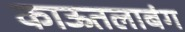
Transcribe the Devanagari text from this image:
काऊतलाबंग